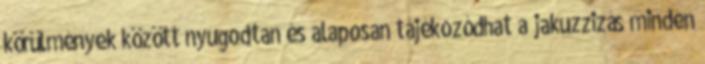
körülmények között nyugodtan és alaposan tájékozódhat a jakuzzizás minden